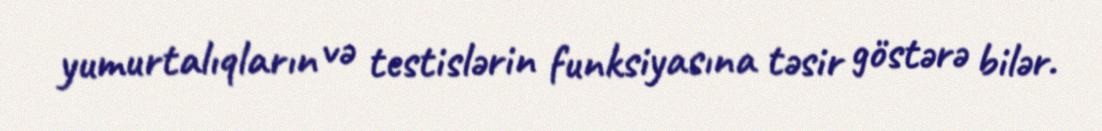
yumurtalıqların və testislərin funksiyasına təsir göstərə bilər.